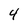
Character: 4